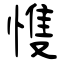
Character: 愯